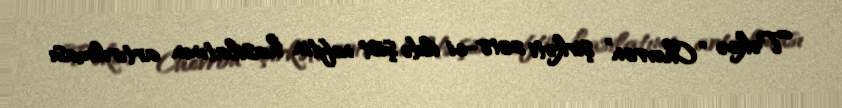
Təkcə “Chevron” şirkəti 2018-ci ildə şist neftin hasilatının artırılması